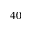
4 0